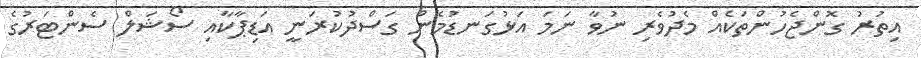
އިތުރު ގޮންޖެހުންތަކެއް މެދުވެރި ނުވާ ނަމަ އަޅުގަނޑުމެން ގަސްދުކުރަނީ އަޑިޕާކާއި ސޯޝަލް ސެންޓަރުގެ